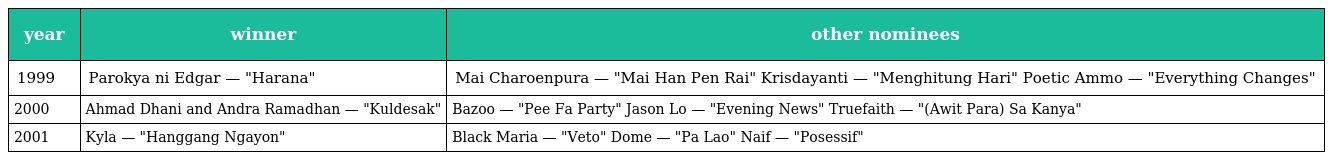
| year | winner | other nominees |
 | --- | --- | --- |
 | 1999 | Parokya ni Edgar — "Harana" | Mai Charoenpura — "Mai Han Pen Rai" Krisdayanti — "Menghitung Hari" Poetic Ammo — "Everything Changes" |
 | 2000 | Ahmad Dhani and Andra Ramadhan — "Kuldesak" | Bazoo — "Pee Fa Party" Jason Lo — "Evening News" Truefaith — "(Awit Para) Sa Kanya" |
 | 2001 | Kyla — "Hanggang Ngayon" | Black Maria — "Veto" Dome — "Pa Lao" Naif — "Posessif" |